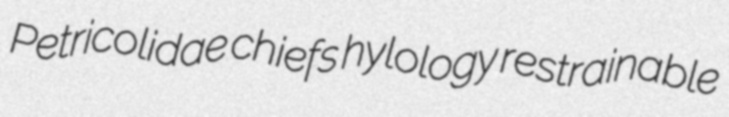
Petricolidae chiefs hylology restrainable